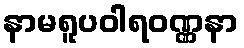
နာမရူပဝါရဝဏ္ဏနာ